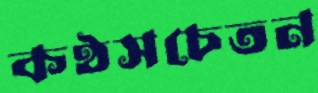
কণ্ঠসচেতন